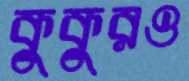
কুকুরও